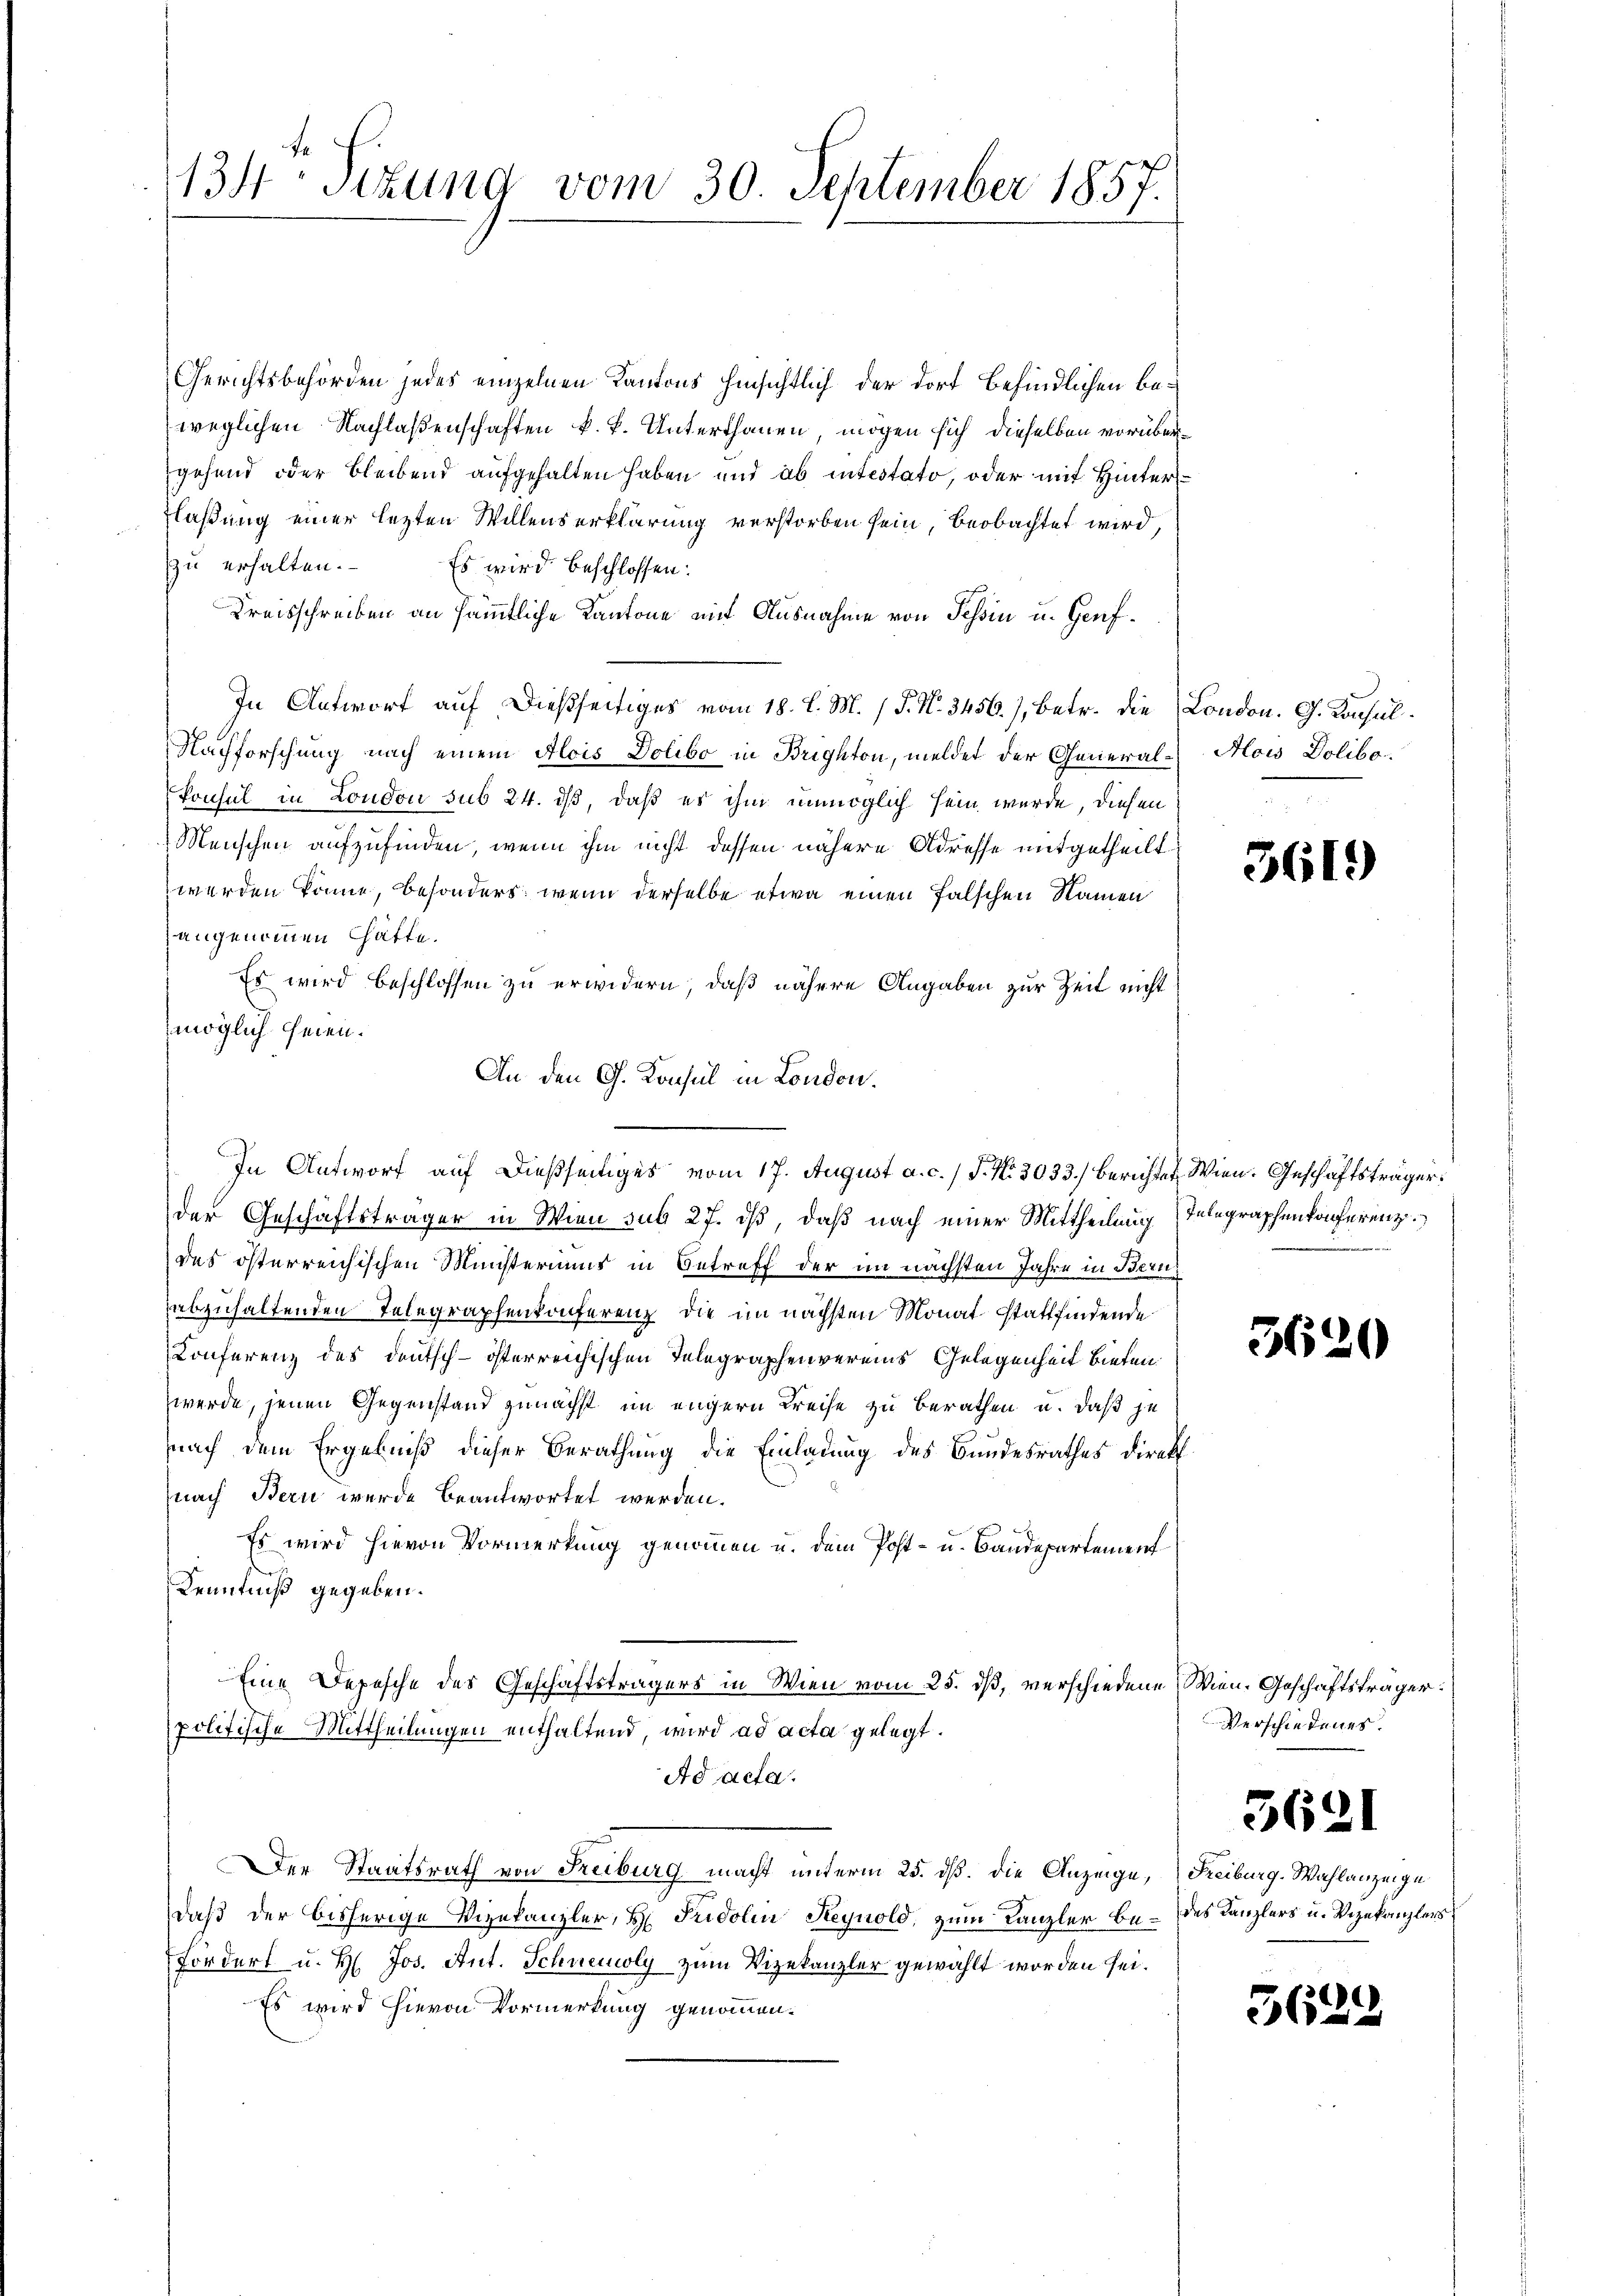
134. Titung vom 30. September 1857.

Gerichtsbehörden jedes einzelnen Kantons hinsichtlich der dort befindlichen beweglichen Nachlaßenschaften k. k. Unterthanen, mögen sich dieselben vorübergehend oder bleibend aufgehalten haben und ab intestato, oder mit Hinter¬
Flaßung einer lezten Willenserklärung verstorben sein, beobachtet wird,
zu erhalten.
Es wird beschlossen:
Kreisschreiben an sämmtliche Kantone mit Ausnahme von Tessin u. Genf¬
In Antwort auf dießseitiges vom 18. d. M. / P. Nr. 3456), betr. die London. G. Konsul¬
Nachforschung nach einem Alois Dolibo in Brighton, meldet der General-Alois Dolibo¬
Konsul in London sub 24. ds, daß es ihm unmöglich sein wurde, diesen
Menschen aufzufinden, wenn ihm nicht dessen nähere Adresse mitgetheilt
werden könne, besonders, wenn derselbe etwa einen falschen Namen
angenommen hätte.
Es wird beschlossen zu erwidern, daß nähere Angaben zur Zeit nicht
möglich seien.
An den G. Konsul in London.
In Antworf auf dießseitiges vom 17. August a. c. / S. Nr. 3033.) Berichtet. Wien. Geschäftsträger
der Geschäftsträger in Wien sub 27. dß, daß nach einer Mittheilung (Telegraphenkonferenz
des österreichischen Ministeriums in Betreff der im nächsten Jahre in Beruabzuhaltenden Telegraphenkonferenz, die im nächsten Monat stattfindende
Conferenz des Deutsch-österreichischen Telegraphenvereins Gelegenheit bieten
werde, jenen Gegenstand zunächst im engern Kreise zu berathen u. daß je
nach dem Ergebniß dieser Berathung die Einladung des Bundesrathes direkt.
nach Bern wurde beantwortet werden.
Es wird hievon Vormerkung genommen u. dem Post- u. Bandepartement
Kenntniß gegeben.
Eine Depesche des Geschäftsträgers in Wien vom 25. dß, verschiedene Wien. Geschäftsträger:
politische Mittheilungen enthaltend, wird ad acta gelegt.
Ad acta.
Der Staatsrath von Freiburg macht unterm 25. dß. die Anzeige, Freiburg-Wahlanzeige
daß der bisherige Vizekanzler, H. Fridolin Reynold, zum Kanzler be- des Kanzlers u. Vizekanzlers
Fördert u. H. Jos. Ant. Schneioly zum Vizekanzler gewählt worden sei.
Es wird hievon Vormerkung genommen.

3619)

3620

3621

Verschiedenes.

3622